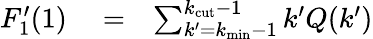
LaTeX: \begin{array}{rlr}{F_{1}^{\prime}(1)}&{{}=}&{\sum_{k^{\prime}=k_{\mathrm{min}}-1}^{k_{\mathrm{cut}}-1}k^{\prime}Q(k^{\prime})}\end{array}